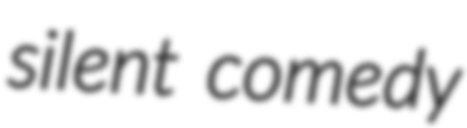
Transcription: silent comedy